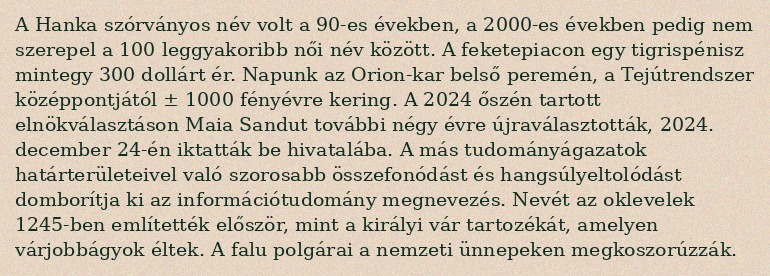
A Hanka szórványos név volt a 90-es években, a 2000-es években pedig nem szerepel a 100 leggyakoribb női név között. A feketepiacon egy tigrispénisz mintegy 300 dollárt ér. Napunk az Orion-kar belső peremén, a Tejútrendszer középpontjától ± 1000 fényévre kering. A 2024 őszén tartott elnökválasztáson Maia Sandut további négy évre újraválasztották, 2024. december 24-én iktatták be hivatalába. A más tudományágazatok határterületeivel való szorosabb összefonódást és hangsúlyeltolódást domborítja ki az információtudomány megnevezés. Nevét az oklevelek 1245-ben említették először, mint a királyi vár tartozékát, amelyen várjobbágyok éltek. A falu polgárai a nemzeti ünnepeken megkoszorúzzák.